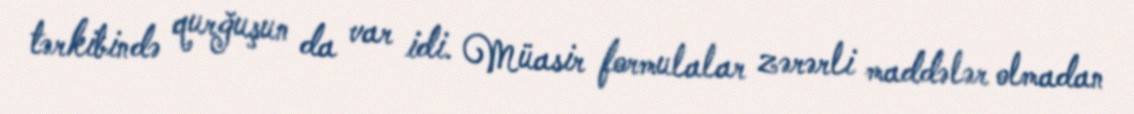
tərkibində qurğuşun da var idi. Müasir formulalar zərərli maddələr olmadan